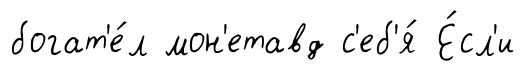
богат'е́л мон'етавд с'еб'я́ Е́сл'и